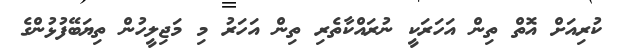
ކުރިއަށް އޮތް ތިން އަހަރަކީ ނުރައްކާތެރި ތިން އަހަރު މި މަޖިލީހުން ތިޔަބޭފުޅުންގެ